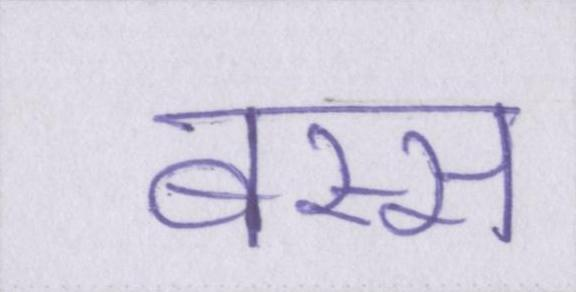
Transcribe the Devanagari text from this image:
बस्स